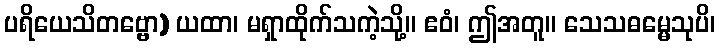
ပရိယေသိတဗ္ဗော) ယထာ၊ မရှာထိုက်သကဲ့သို့။ ဧဝံ၊ ဤအတူ။ သေသဓမ္မေသုပိ၊